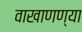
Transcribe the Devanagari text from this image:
वाखाणण्या